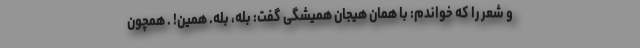
و شعر را که خواندم: با همان هیجان همیشگی گفت: بله، بله. همین! . همچون